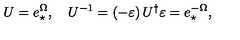
U = e _ { \star } ^ { \Omega } , \quad U ^ { - 1 } = \left( - \varepsilon \right) U ^ { \dagger } \varepsilon = e _ { \star } ^ { - \Omega } ,